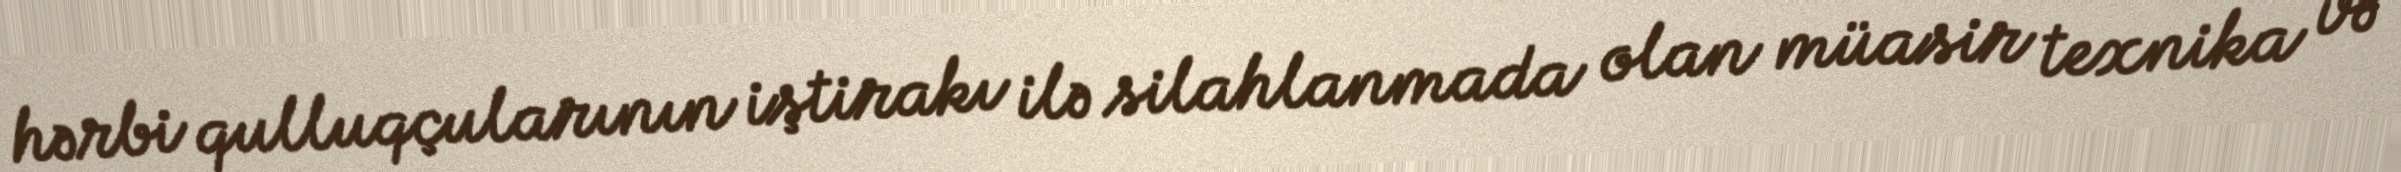
hərbi qulluqçularının iştirakı ilə silahlanmada olan müasir texnika və